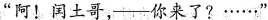
”阿！闰土哥，——你来了?······”